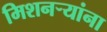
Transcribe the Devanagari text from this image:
मिशनऱ्यांना